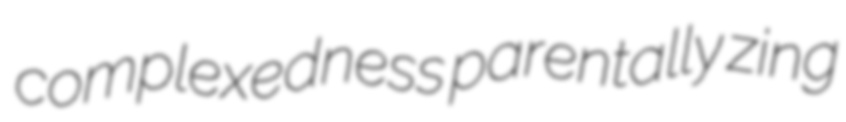
complexedness parentally zing